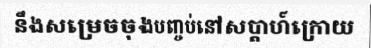
នឹងសម្រេចចុងបញ្ចប់នៅសប្តាហ៍ក្រោយ